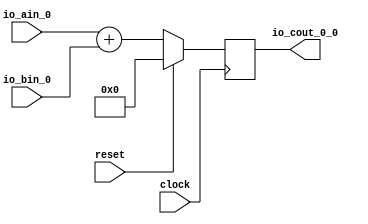
module SystolicArray(
  input         clock,
  input         reset,
  input  [31:0] io_ain_0,
  input  [31:0] io_bin_0,
  output [31:0] io_cout_0_0
);
`ifdef RANDOMIZE_REG_INIT
  reg [31:0] _RAND_0;
`endif // RANDOMIZE_REG_INIT
  reg [31:0] reg1; // @[systolic_array.scala 11:27]
  wire [31:0] _T_1 = io_ain_0 + io_bin_0; // @[systolic_array.scala 12:27]
  assign io_cout_0_0 = reg1; // @[systolic_array.scala 13:23]
`ifdef RANDOMIZE_GARBAGE_ASSIGN
`define RANDOMIZE
`endif
`ifdef RANDOMIZE_INVALID_ASSIGN
`define RANDOMIZE
`endif
`ifdef RANDOMIZE_REG_INIT
`define RANDOMIZE
`endif
`ifdef RANDOMIZE_MEM_INIT
`define RANDOMIZE
`endif
`ifndef RANDOM
`define RANDOM $random
`endif
`ifdef RANDOMIZE_MEM_INIT
  integer initvar;
`endif
`ifndef SYNTHESIS
`ifdef FIRRTL_BEFORE_INITIAL
`FIRRTL_BEFORE_INITIAL
`endif
initial begin
  `ifdef RANDOMIZE
    `ifdef INIT_RANDOM
      `INIT_RANDOM
    `endif
    `ifndef VERILATOR
      `ifdef RANDOMIZE_DELAY
        #`RANDOMIZE_DELAY begin end
      `else
        #0.002 begin end
      `endif
    `endif
`ifdef RANDOMIZE_REG_INIT
  _RAND_0 = {1{`RANDOM}};
  reg1 = _RAND_0[31:0];
`endif // RANDOMIZE_REG_INIT
  `endif // RANDOMIZE
end // initial
`ifdef FIRRTL_AFTER_INITIAL
`FIRRTL_AFTER_INITIAL
`endif
`endif // SYNTHESIS
  always @(posedge clock) begin
    if (reset) begin
      reg1 <= 32'h0;
    end else begin
      reg1 <= _T_1;
    end
  end
endmodule